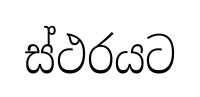
ස්ථරයට